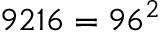
9 2 1 6 = 9 6 ^ { 2 }